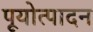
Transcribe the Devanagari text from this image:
पूयोत्पादन